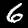
Label: 6